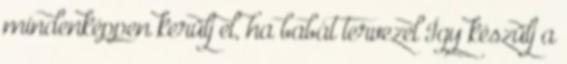
mindenképpen kerülj el, ha babát tervezel Így készülj a